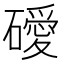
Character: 𥖦